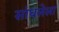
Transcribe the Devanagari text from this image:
सांधलेला